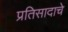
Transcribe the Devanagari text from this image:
प्रतिसादाचे